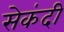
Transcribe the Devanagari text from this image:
सेकंदी